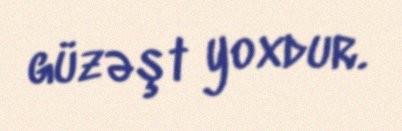
güzəşt yoxdur.